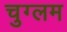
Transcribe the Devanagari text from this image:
चुग्लम